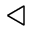
\triangleleft